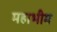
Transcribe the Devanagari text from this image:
महाभीम